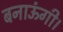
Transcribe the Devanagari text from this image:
बनाऊंगी।